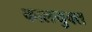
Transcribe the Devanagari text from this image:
कालयुक्त